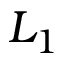
L _ { 1 }